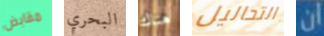
مقابض البحري هناك التحاليل ان